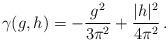
LaTeX: \begin{align*}\gamma (g, h)=-\frac{g^2}{3\pi^2} + \frac{|h|^2}{4\pi^2}\,.\end{align*}